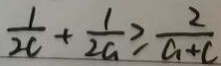
\frac { 1 } { 2 c } + \frac { 1 } { 2 a } \geq \frac { 2 } { a + c }